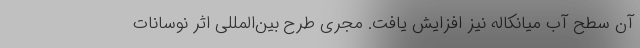
آن سطح آب میانکاله نیز افزایش یافت. مجری طرح بین‌المللی اثر نوسانات